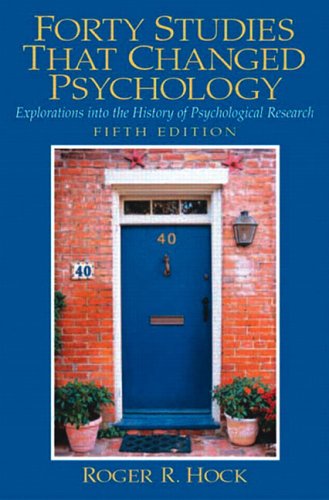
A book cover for Forty Studies that Changed Psychology: Explorations into the History of Psychological Research; Roger R. Hock; Medical Books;